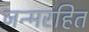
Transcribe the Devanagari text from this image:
जन्मरहित